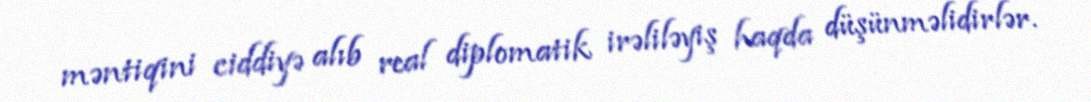
məntiqini ciddiyə alıb real diplomatik irəliləyiş haqda düşünməlidirlər.